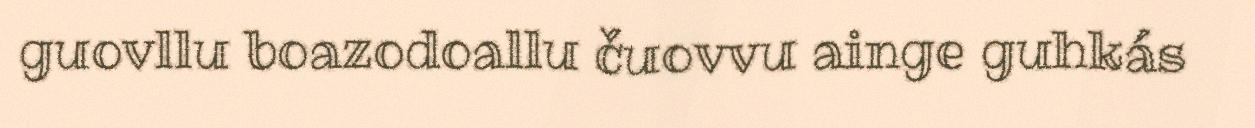
guovllu boazodoallu čuovvu ainge guhkás